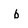
Character: b